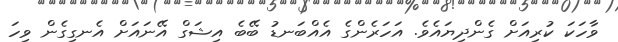
ވާހަކަ ކުރިއަށް ގެންދިޔައެވެ. އަހަރެންގެ އެއްބަނޑު ބޭބެ އިޝަގް އޭނައަށް އެނގިގެން ވިހަ